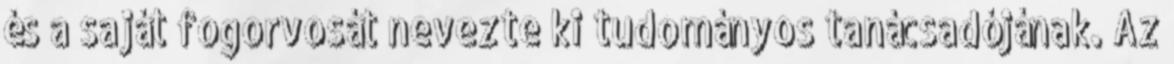
és a saját fogorvosát nevezte ki tudományos tanácsadójának. Az